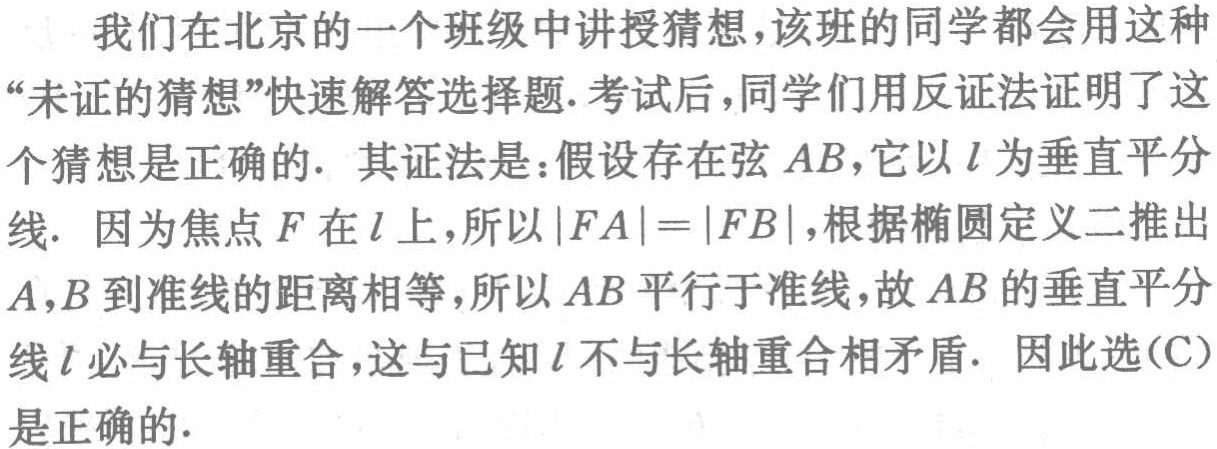
我们在北京的一个班级中讲授猜想,该班的同学都会用这种“未证的猜想”快速解答选择题.考试后,同学们用反证法证明了这个猜想是正确的. 其证法是：假设存在弦 \(AB\),它以 \(l\) 为垂直平分线. 因为焦点 \(F\) 在 \(l\) 上,所以 \(|FA| = |FB|\),根据椭圆定义二推出 \(A,B\) 到准线的距离相等,所以 \(AB\) 平行于准线,故 \(AB\) 的垂直平分线 \(l\) 必与长轴重合,这与已知 \(l\) 不与长轴重合相矛盾. 因此选(C)是正确的.